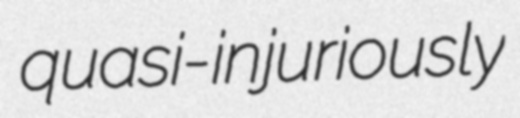
quasi-injuriously